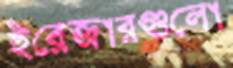
ইরেজারগুলো